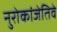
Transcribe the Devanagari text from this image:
नुरोकांजेतिवे